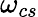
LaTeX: \omega_{cs}